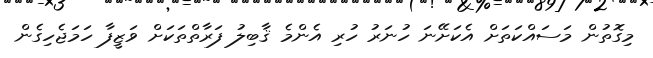
މިގޮތުން މަސައްކަތަށް އެކަށޭނަ ހުނަރު ހުރި އެންމެ ޤާބިލު ފަރާތްތަކަށް ވަޒީފާ ހަމަޖެހިގެން